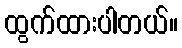
ထွက်ထားပါတယ်။